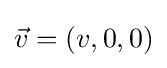
{\vec {v}}=(v,0,0)